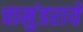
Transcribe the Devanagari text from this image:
चामुंडराये